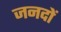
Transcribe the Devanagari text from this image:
जनदों